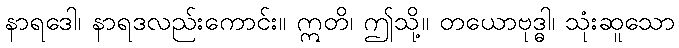
နာရဒေါ၊ နာရဒလည်းကောင်း။ ဣတိ၊ ဤသို့။ တယောဗုဒ္ဓါ၊ သုံးဆူသော